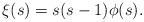
LaTeX: \begin{align*}\xi(s) = s(s-1)\phi(s).\end{align*}